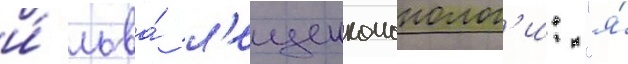
и́ льва́ л'ещенкомонолог'и: "я́